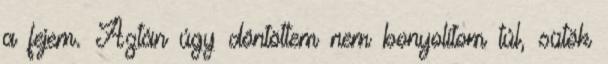
a fejem. Aztán úgy döntöttem nem bonyolítom túl, sütök